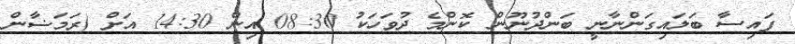
ފައިސާ ބަލައިގަންނާނީ ބަންދުނޫން ކޮންމެ ދުވަހަކު 08:30 އިން 14:30 އަށް (ރަމަޟާން